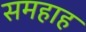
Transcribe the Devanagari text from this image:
समहाह